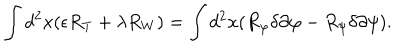
LaTeX: \int d ^ { 2 } x ( \epsilon R _ { T } + \lambda R _ { W } ) = \int d ^ { 2 } x ( R _ { \varphi } \delta \partial \varphi - R _ { \psi } \delta \partial \psi ) .